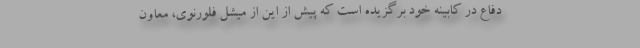
دفاع در کابینه خود برگزیده است که پیش از این از میشل فلورنوی، معاون